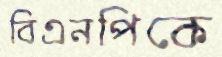
বিএনপিকে